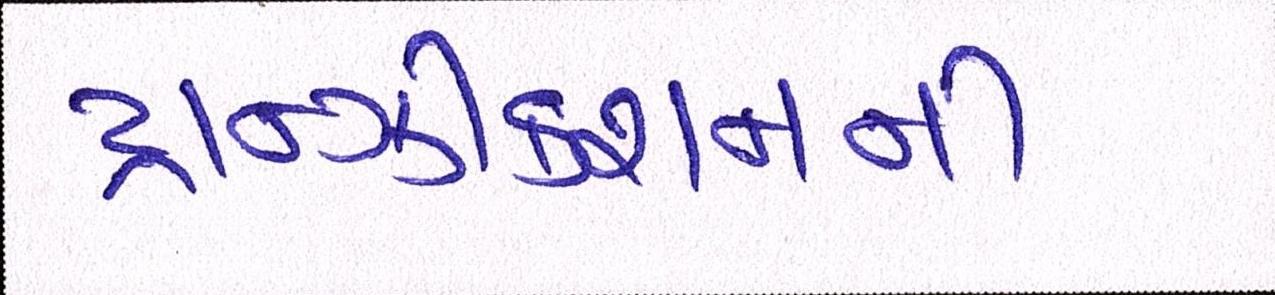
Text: ટ્રાન્ઝીકશનની